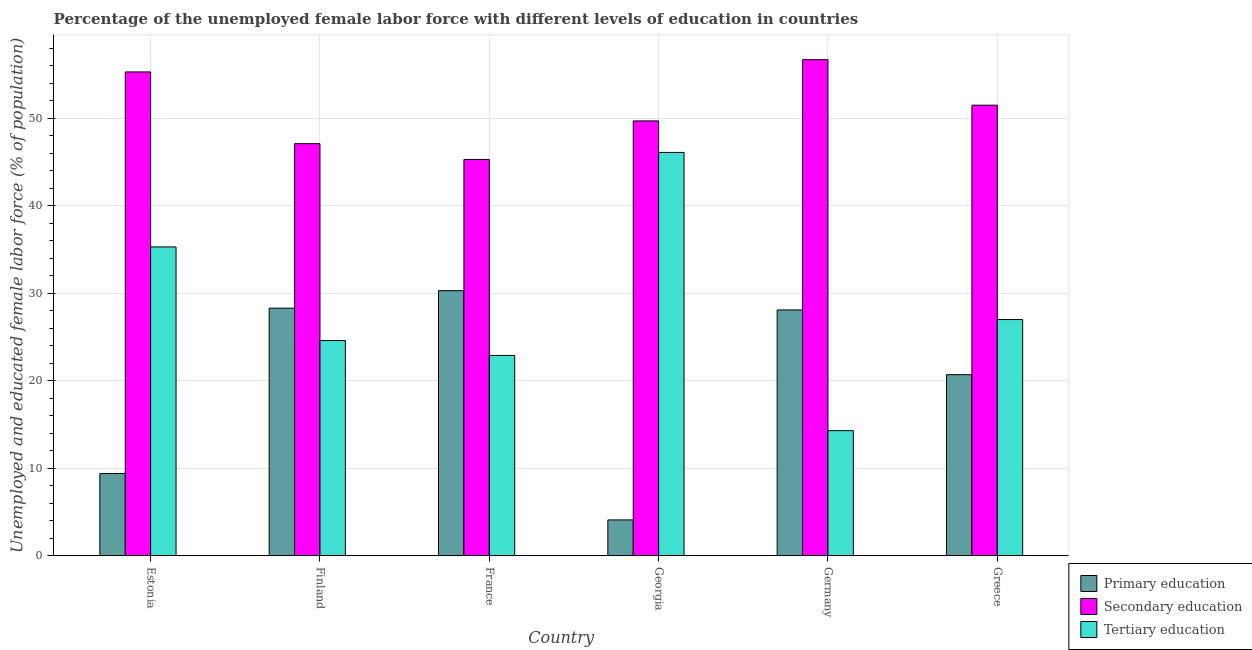
| Country | Primary education | Secondary education | Tertiary education |
 | --- | --- | --- | --- |
 | Estonia | 9.4 | 55.3 | 35.3 |
 | Finland | 28.3 | 47.1 | 24.6 |
 | France | 30.3 | 45.3 | 22.9 |
 | Georgia | 4.1 | 49.7 | 46.1 |
 | Germany | 28.1 | 56.7 | 14.3 |
 | Greece | 20.7 | 51.5 | 27 |